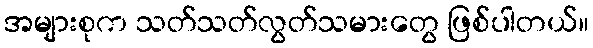
အများစုက သတ်သတ်လွတ်သမားတွေ ဖြစ်ပါတယ်။